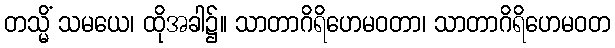
တသ္မိံ သမယေ၊ ထိုအခါ၌။ သာတာဂိရိဟေမဝတာ၊ သာတာဂိရိဟေမဝတ